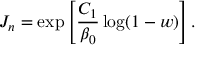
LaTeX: J _ { n } = \exp \left[ \frac { C _ { 1 } } { \beta _ { 0 } } \log ( 1 - w ) \right] .